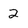
Character: 2